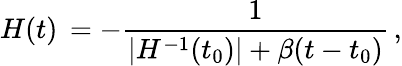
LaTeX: H(t)\, =-{\frac{1}{\vert H^{-1}(t_{0})\vert+\beta(t-t_{0})}}\, ,